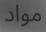
مواد